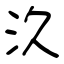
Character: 汣